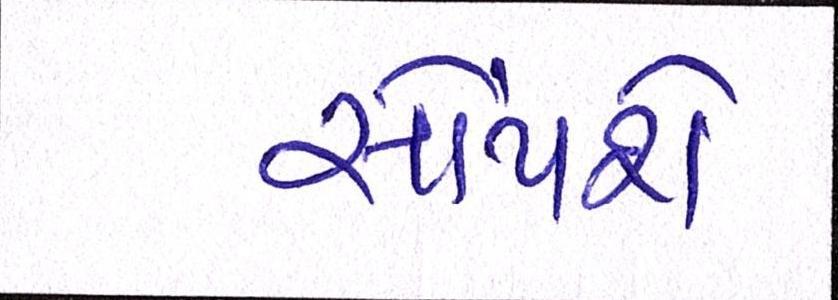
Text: સોંપશે